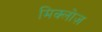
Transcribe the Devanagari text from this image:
मिक्लोज़